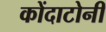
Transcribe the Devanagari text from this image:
कोंदाटोनी